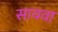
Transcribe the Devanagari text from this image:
सायवा